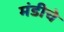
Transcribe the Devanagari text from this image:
मंडीचे